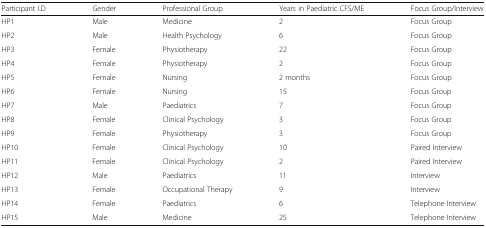
<table><thead><tr><td><b>Participant I.D</b></td><td><b>Gender</b></td><td><b>Professional Group</b></td><td><b>Years in Paediatric CFS/ME</b></td><td><b>Focus Group/Interview</b></td></tr></thead><tbody><tr><td>HP1</td><td>Male</td><td>Medicine</td><td>2</td><td>Focus Group</td></tr><tr><td>HP2</td><td>Male</td><td>Health Psychology</td><td>6</td><td>Focus Group</td></tr><tr><td>HP3</td><td>Female</td><td>Physiotherapy</td><td>22</td><td>Focus Group</td></tr><tr><td>HP4</td><td>Female</td><td>Physiotherapy</td><td>2</td><td>Focus Group</td></tr><tr><td>HP5</td><td>Female</td><td>Nursing</td><td>2 months</td><td>Focus Group</td></tr><tr><td>HP6</td><td>Female</td><td>Nursing</td><td>15</td><td>Focus Group</td></tr><tr><td>HP7</td><td>Male</td><td>Paediatrics</td><td>7</td><td>Focus Group</td></tr><tr><td>HP8</td><td>Female</td><td>Clinical Psychology</td><td>3</td><td>Focus Group</td></tr><tr><td>HP9</td><td>Female</td><td>Physiotherapy</td><td>3</td><td>Focus Group</td></tr><tr><td>HP10</td><td>Female</td><td>Clinical Psychology</td><td>10</td><td>Paired Interview</td></tr><tr><td>HP11</td><td>Female</td><td>Clinical Psychology</td><td>2</td><td>Paired Interview</td></tr><tr><td>HP12</td><td>Male</td><td>Paediatrics</td><td>11</td><td>Interview</td></tr><tr><td>HP13</td><td>Female</td><td>Occupational Therapy</td><td>9</td><td>Interview</td></tr><tr><td>HP14</td><td>Female</td><td>Paediatrics</td><td>6</td><td>Telephone Interview</td></tr><tr><td>HP15</td><td>Male</td><td>Medicine</td><td>25</td><td>Telephone Interview</td></tr></tbody></table>